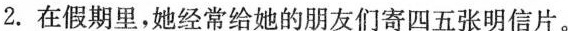
2.在假期里，她经常给她的朋友们寄四五张明信片。